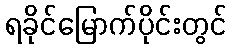
ရခိုင်မြောက်ပိုင်းတွင်